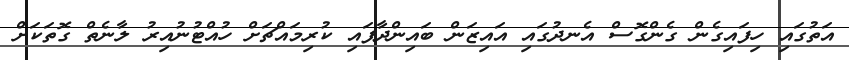
އަތުގައި ހިފައިގެން ގެންގޮސް އެނދުގައި އައިޒަން ބައިންދާފައި ކުރިމައްޗަށް ހުއްޓުނުއިރު ލާނެތް ގޮތަކަށް